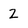
Character: 2